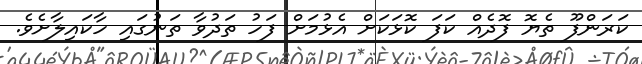
ކަރަންފޫ ތެޔޮ ފޮދެއް ކަފަ ކޮޅަކަށް އެޅުމަށް ފަހު ތަދުވާ ތަނުގައި ހާކައިލާށެވެ.